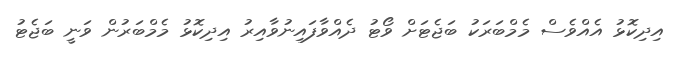
އިދިކޮޅު އެއްވެސް މެމްބަރަކު ބަޖެޓަށް ވޯޓު ދެއްވާފައިނުވާއިރު އިދިކޮޅު މެމްބަރުން ވަނީ ބަޖެޓު